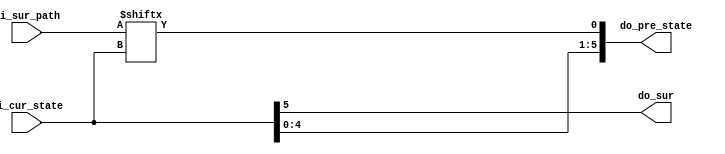
module TRACE(
    input [63:0] di_sur_path,       // survive path, read from RAM, from DEPTH to first(time)
    input [5:0] di_cur_state,  // current state(traceback initial state is from SDS Unit)
                               // others are from the module self
    
    output do_sur,
    output [5:0] do_pre_state
    );

    assign do_sur = di_cur_state[5];
    assign do_pre_state = {di_cur_state[4:0],di_sur_path[di_cur_state]};

endmodule